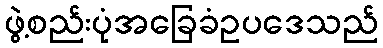
ဖွဲ့စည်းပုံအခြေခံဥပဒေသည်